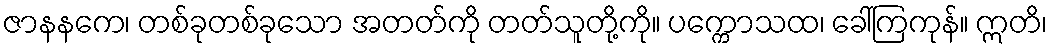
ဇာနနကေ၊ တစ်ခုတစ်ခုသော အတတ်ကို တတ်သူတို့ကို။ ပက္ကောသထ၊ ခေါ်ကြကုန်။ ဣတိ၊